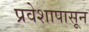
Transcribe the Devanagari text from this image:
प्रवेशापासून